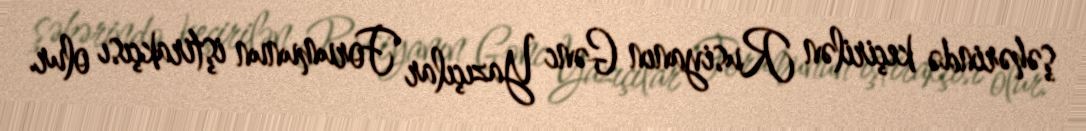
şəhərində keçirilən Rusiyanın Gənc Yazıçılar Forumunun iştirakçısı olur.